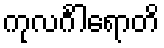
ကုလင်္ဂါရောတိ